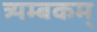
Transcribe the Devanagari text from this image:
त्र्यम्‍बकम्